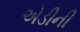
એડીની